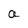
Character: a